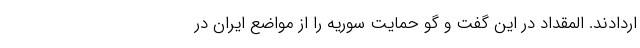
اردادند. المقداد در این گفت و گو حمایت سوریه را از مواضع ایران در